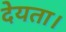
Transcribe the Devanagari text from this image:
देयता।